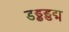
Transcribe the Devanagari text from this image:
डड्ढड्डद्म